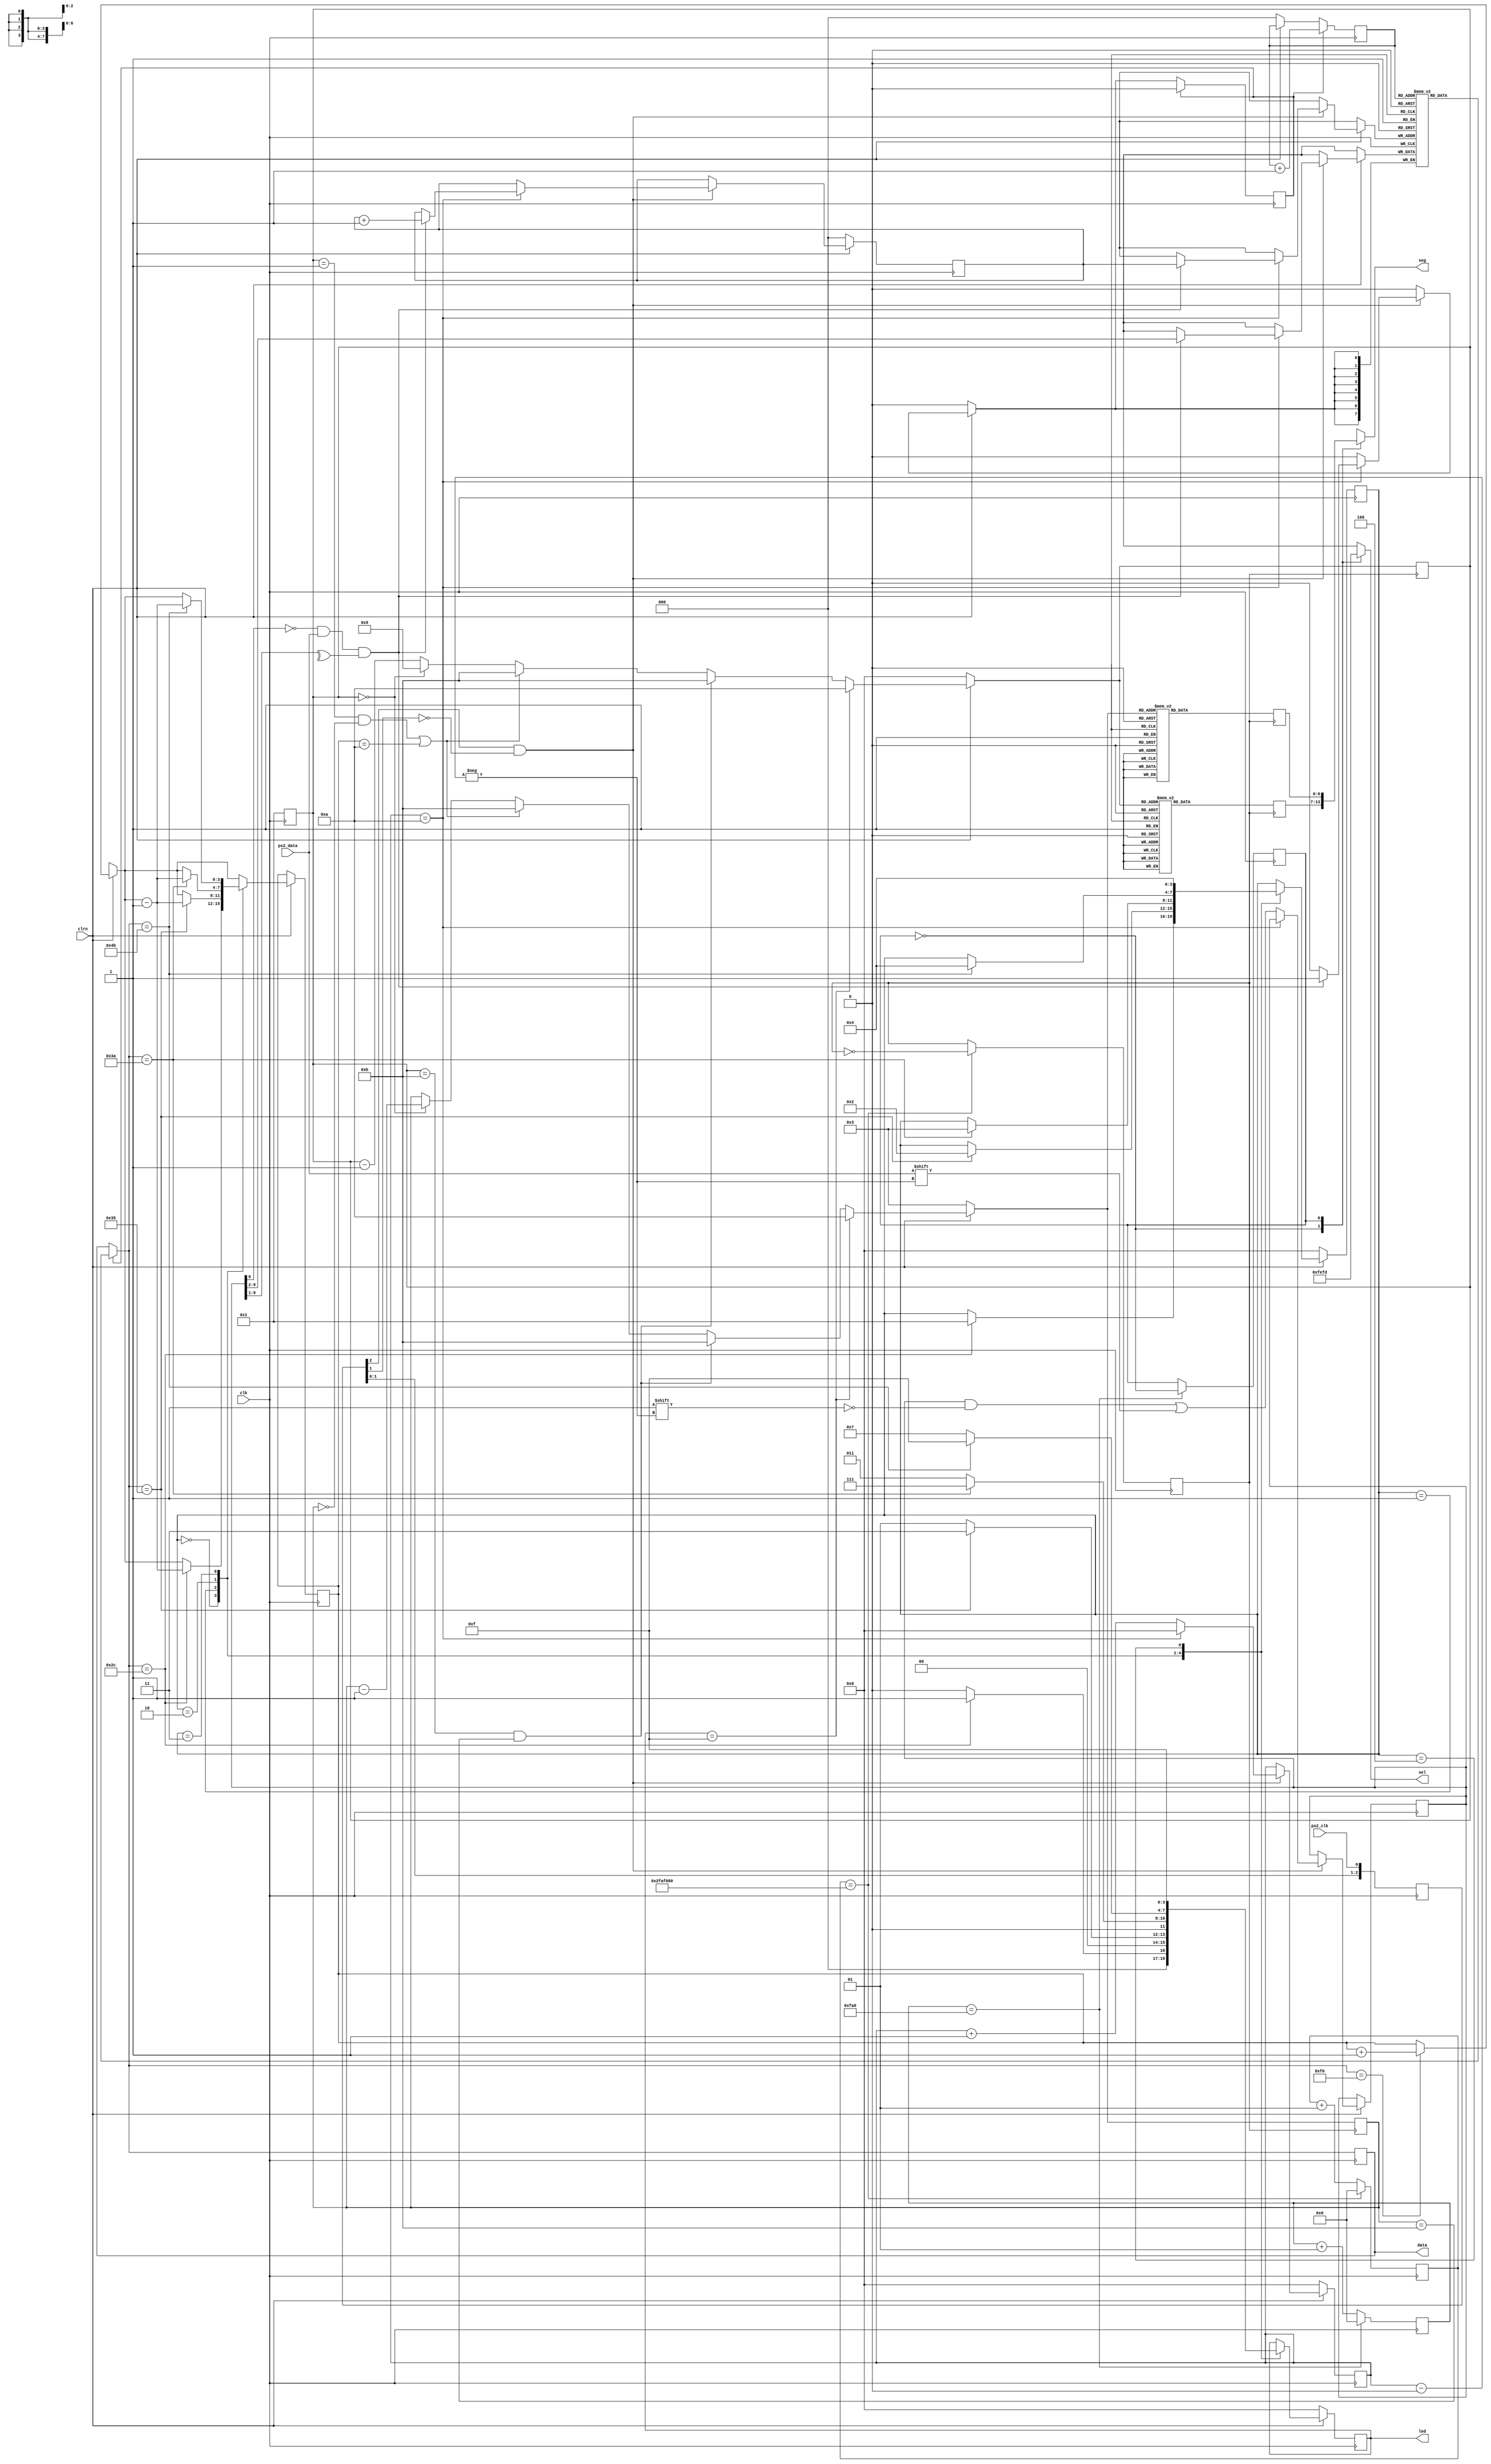


`timescale 1ns / 1ps
//////////////////////////////////////////////////////////////////////////////////
// Company: 
// Engineer: 
// 
// Design Name: 
// Module Name: bomb
// Project Name: 
// Target Devices: 
// Tool Versions: 
// Description: 
// 
// Dependencies: 
// 
// Revision:
// Revision 0.01 - File Created
// Additional Comments:
// 
//////////////////////////////////////////////////////////////////////////////////


module bomb(clk, clrn, seg, sel, led, ps2_clk, ps2_data, data);
    input clk;
    input clrn;
    output reg[6:0] seg;
    output reg[7:0] sel;
    reg [3:0]out1;
    reg [3:0]out2;
    reg [6:0]seg1;
    reg [6:0]seg2;
    reg flash;
    reg clk1;
    reg clk2;
    integer clkcount1, clkcount2;
    
      reg [3:0] state;
      parameter S0 = 0, S1 = 1,S2 = 2,S3 = 3,S4 = 4;
      output reg [3:0]led;
      input ps2_clk,ps2_data;
      output [7:0] data;
      reg [7:0] data; 
      //output ready;
      reg ready;
      //output
      reg overflow;
      reg [3:0] errcount;
      reg [3:0] count;              
      reg [9:0] buffer;
      reg [7:0] fifo [7:0];
      reg [2:0] w_ptr,r_ptr; 
      reg [2:0] ps2_clk_sync;
      always @ (posedge clk)
             begin
             ps2_clk_sync <= {ps2_clk_sync[1:0], ps2_clk};
             end
      wire sampling = ps2_clk_sync[2] & ~ps2_clk_sync[1];
         
always @ (posedge clk) begin
      if(clkcount1==50000000) begin 
          clk1<=~clk1;
          clkcount1<=0;
      end
      else
          clkcount1<=clkcount1 + 1;
      if(clkcount2==4000) begin
      	clk2<=~clk2;
      	clkcount2<=0;
      	flash=~flash;
      end
      else
      	clkcount2<=clkcount2 + 1;
      out1 <= 4'h1;
end

always @ (posedge clk1) begin 
    if(clrn == 1'b0) begin 
        out1 <= 4'h0;
        out2 <= 4'h3;
    end
    else if(led == 4'b1111) begin
        out1 <= 4'ha;
        out2 <= 4'ha;
    end
    else if (out1 == 4'hb && out2 == 4'hb) begin
                       out1 <= 4'hb;
                       out2 <= 4'hb;
                end
    else if ((out1 == 1'b1 && out2 == 1'b0) || (errcount == 4'ha)) begin
            out1 = 4'hb;
            out2 = 4'hb;
        end
    else if (out1 == 4'd0) begin
            out1 = 9;
            out2 = out2 - 1;
        end
    else begin
            out1 = out1 - 1;
        end
    case(out1)
        4'd0:seg1 = 7'b1000000;
        4'd1:seg1 = 7'b1111001;
        4'd2:seg1 = 7'b0100100; 
        4'd3:seg1 = 7'b0110000; 
        4'd4:seg1 = 7'b0011001;
        4'd5:seg1 = 7'b0010010;
        4'd6:seg1 = 7'b0000010;
        4'd7:seg1 = 7'b1111000;
        4'd8:seg1 = 7'b0000000;
        4'd9:seg1 = 7'b0010000;
        4'ha:seg1 = 7'b0100111;
        4'hb:seg1 = 7'b0010000;
        default:seg1 = 7'b1111111;
    endcase
    case(out2)
        4'd0:seg2 = 7'b1000000; 
        4'd1:seg2 = 7'b1111001;
        4'd2:seg2 = 7'b0100100; 
        4'd3:seg2 = 7'b0110000; 
        4'd4:seg2 = 7'b0011001;
        4'd5:seg2 = 7'b0010010;
        4'd6:seg2 = 7'b0000010;
        4'd7:seg2 = 7'b1111000;
        4'd8:seg2 = 7'b0000000;
        4'd9:seg2 = 7'b0010000;
        4'ha:seg2 = 7'b0101011;
        4'hb:seg2 = 7'b0010000;
        default:seg2 = 7'b1111111;
    endcase
end

always @ (flash)
begin
	case(flash)
	    1'b0:
	    begin
	    	seg=seg1;
	    	sel<=8'b11111110;
	    end
	    1'b1:
	    begin
	    	seg=seg2;
	    	sel<=8'b11111101;
	    end
	endcase
end

always @ (posedge clk)
      begin
      if (clrn == 0) 
         begin
         count <= 0; w_ptr <= 0; r_ptr <= 0; overflow <= 0; errcount <= 0;
         end
      else  
         if (sampling) 
            begin
            if (count == 4'd10)
              begin
              if ((buffer[0] == 0) &&
                  (ps2_data) &&
                  (^buffer[9:1]))
                  begin  
                  fifo[w_ptr] <= buffer[9:2];
                  w_ptr <= w_ptr + 3'b1;
                  ready <= 1'b1;
                  overflow <= overflow | (r_ptr == (w_ptr + 3'b1));
                  end
              count <= 0;
              end
              else 
                 begin
                 buffer[count] <= ps2_data; 
                 count <= count + 3'b1;
                end      
            end
      if (ready)
         begin 
         data = fifo[r_ptr];
         r_ptr <= r_ptr + 3'd1;
         ready <= 1'b0;
         end
         if (clrn == 0) begin
             state <= S0;
             led  = 4'b0000;
         end
         else begin
             if (data == 8'hf0)
                errcount = errcount + 1;
             case (state)
                      S0: begin led = 4'b0000; if (data == 8'h2c) begin errcount = errcount - 1; led = 4'b0001; state <= S1; end end
                      S1: begin led = 4'b0001; if (data == 8'h35) begin errcount = errcount - 1; led = 4'b0011; state <= S2; end end
                      S2: begin led = 4'b0011; if (data == 8'h3a) begin errcount = errcount - 1; led = 4'b0111; state <= S3; end end
                      S3: begin led = 4'b0111; if (data == 8'h4b) begin errcount = errcount - 1; led = 4'b1111; state <= S4; end end
                      S4: begin led = 4'b1111; state <= S4; end
             		  default state <= state;
             endcase
        end
    end
endmodule